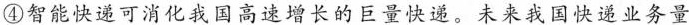
④智能快递可消化我国高速增长的巨量快递。未来我国快递业务量